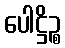
ပေါဋ္ဌိဉ္စ